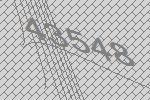
43548